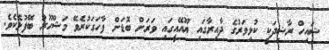
ޝައިހް ރާޝިދަކީ ކުޅިވަރުގެ ދާއިރާގައި ޔޫއޭއީގައި ވަރަށް ބޮޑަށް ފާހަަގަކުރެވޭ މަޝްހޫރު ބޭފުޅެކެވެ.